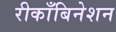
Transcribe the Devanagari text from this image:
रीकाँबिनेशन